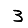
Digit: 3